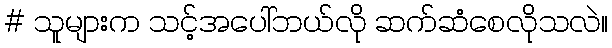
# သူများက သင့်အပေါ်ဘယ်လို ဆက်ဆံစေလိုသလဲ။